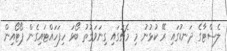
ލެސްޓާގެ ދަނޑުގައި ރޭ ކުޅުނު މި މެޗުގައި ގިނަވަގުތު ބޯޅަ ހިފަހައްޓައިގެން ޕޯޓޯއިން